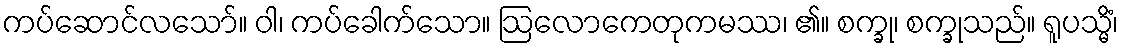
ကပ်ဆောင်လသော်။ ဝါ၊ ကပ်ခေါက်သော။ ဩလောကေတုကမဿ၊ ၏။ စက္ခု၊ စက္ခုသည်။ ရူပသ္မိံ၊